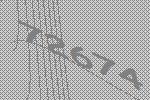
72674